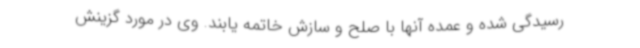
رسیدگی شده و عمده آنها با صلح و سازش خاتمه یابند. وی در مورد گزینش